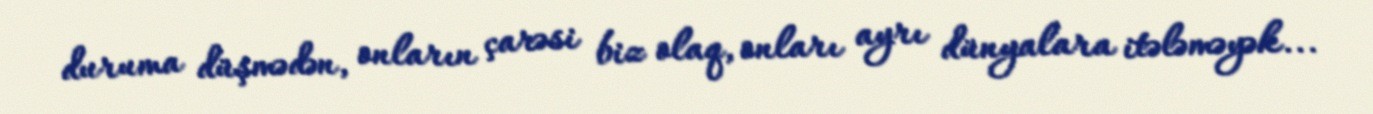
duruma düşmədən, onların çarəsi biz olaq, onları ayrı dünyalara itələməyək...